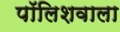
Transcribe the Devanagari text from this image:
पॉलिशवाला